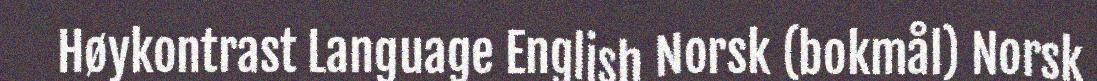
Høykontrast Language English Norsk (bokmål) Norsk